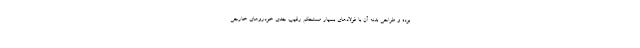
بوده‌ و طراحی بدنه آن با فولادهای بسیار مستحکم رقیب جدی خودروهای خارجی